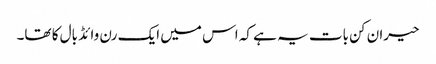
حیران کن بات یہ ہے کہ اس میں ایک رن وائڈ بال کا تھا۔